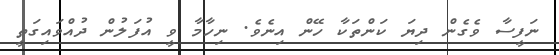
ނަފީސާ ވެގެން ދިޔަ ކަންތަކާ ހޭން އިނެވެ. ނިހާމާ ވީ އުފަލުން ދުއްވައިގަތީ